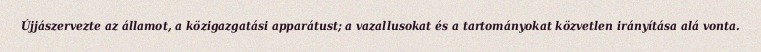
Újjászervezte az államot, a közigazgatási apparátust; a vazallusokat és a tartományokat közvetlen irányítása alá vonta.